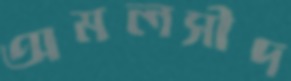
অমলসীদ